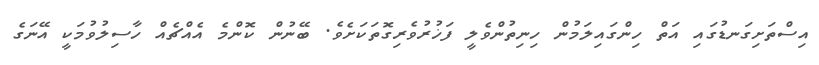
އިސްތަށިގަނޑުގައި އަތް ހިންގައިލަމުން ހިނިތުންވެލީ ފަޚުރުވެރިގޮތަކަށެވެ. ބޭނުން ކޮންމެ އެއްޗެއް ހާސިލުވުމަކީ އޭނަގެ